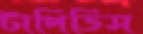
টাপিডিস